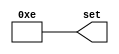
// Copyright (C) 2018  Intel Corporation. All rights reserved.
// Your use of Intel Corporation's design tools, logic functions 
// and other software and tools, and its AMPP partner logic 
// functions, and any output files from any of the foregoing 
// (including device programming or simulation files), and any 
// associated documentation or information are expressly subject 
// to the terms and conditions of the Intel Program License 
// Subscription Agreement, the Intel Quartus Prime License Agreement,
// the Intel FPGA IP License Agreement, or other applicable license
// agreement, including, without limitation, that your use is for
// the sole purpose of programming logic devices manufactured by
// Intel and sold by Intel or its authorized distributors.  Please
// refer to the applicable agreement for further details.

// PROGRAM		"Quartus Prime"
// VERSION		"Version 18.0.0 Build 614 04/24/2018 SJ Lite Edition"
// CREATED		"Fri Nov 01 15:38:36 2019"

module num_4b_14d(
	set
);


output wire	[3:0] set;

wire	[3:0] set_ALTERA_SYNTHESIZED;






assign	set = set_ALTERA_SYNTHESIZED;
assign	set_ALTERA_SYNTHESIZED[3] = 1;
assign	set_ALTERA_SYNTHESIZED[0] = 0;
assign	set_ALTERA_SYNTHESIZED[1] = 1;
assign	set_ALTERA_SYNTHESIZED[2] = 1;

endmodule